King Institute of Preventive Medicine Micro-Biological Section reports 1912-19
Year: 1912
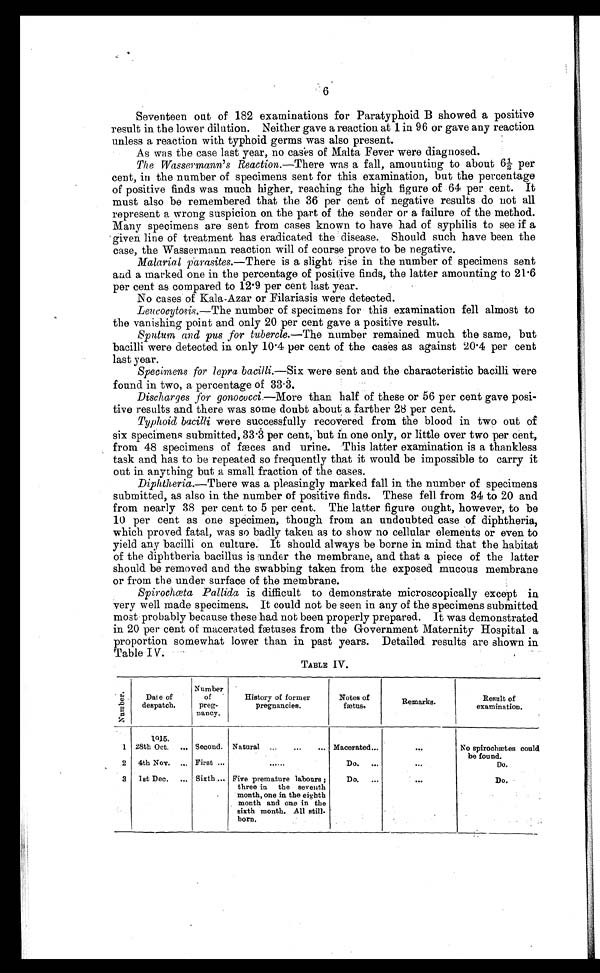
6
Seventeen out of 182 examinations for Paratyphoid B showed a positive
result in the lower dilution. Neither gave a reaction at 1 in 96 or gave any reaction
unless a reaction with typhoid germs was also present.
As was the case last year, no cases of Malta Fever were diagnosed.
The Wassermann's Reaction.— There was a fall, amounting to about 6½ per
cent, in the number of specimens sent for this examination, but the percentage
of positive finds was much higher, reaching the high figure of 64 per cent. It
must also be remembered that the 36 per cent of negative results do not all
represent a wrong suspicion on the part of the sender or a failure of the method.
Many specimens are sent from cases known to have had of syphilis to see if a
given line of treatment has eradicated the disease. Should such have been the
case, the Wassermann reaction will of course prove to be negative.
Malarial p rasites.—There is a slight rise in the number of specimens sent
and a marked one in the percentage of positive finds, the latter amounting to 21.6
per cent as compared to 12.9 per cent last year.
No cases of Kala-Azar or Filariasis were detected.
Leucocytosis.— The number of specimens for this examination fell almost to
the vanishing point and only 20 per cent gave a positive result.
Sputum and pus for tubercle.— The number remained much the same, but
bacilli were detected in only 10.4 per cent of the cases as against 20.4 per cent
last year.
Specimens for lepra bacilli.— Six were sent and the characteristic bacilli were
found in two, a percentage of 33.3.
Discharges for gonococci.— More than half of these or 56 per cent gave posi
-tive results and there was some doubt about a farther 28 per cent.
Typhoid bacilli were successfully recovered from the blood in two out of
six specimens submitted, 33.3 per cent, but in one only, or little over two per cent,
from 48 specimens of fæces and urine. This latter examination is a thankless
task and has to be repeated so frequently that it would be impossible to carry it
out in anything but a small fraction of the cases.
Diphtheria.—There was a pleasingly marked fall in the number of specimens
submitted, as also in the number of positive finds. These fell from 34 to 20 and
from nearly 38 per cent to 5 per cent. The latter figure ought, however, to be
10 per cent as one specimen, though from an undoubted case of diphtheria,
which proved fatal, was so badly taken as to show no cellular elements or even to
yield any bacilli on culture. It should always be borne in mind that the habitat
of the diphtheria bacillus is under the membrane, and that a piece of the latter
should be removed and the swabbing taken from the exposed mucous membrane
or from the under surface of the membrane.
Spirochœta Pallida is difficult to demonstrate microscopically except in
very well made specimens. It could not be seen in any of the specimens submitted
most probably because these had not been properly prepared. It was demonstrated
in 20 per cent of macerated fætuses from the Government Maternity Hospital a
proportion somewhat lower than in past years. Detailed results are shown in
Table IV.
TABLE IV.
N u m b e r .
Date of
despatch.
Number
of
preg-
nancy.
History of former
pregnancies.
Notes of
fætus.
Remarks.
Result of
examination.
1
1915.
Second. Natural . . . Macerated . . .
. . .
No spirochætes could
be found.
28th Oct. . . .
2
4th Nov. . . . First . . .
. . .
Do. . . .
. . .
Do.
3
1st Dec. . . . Sixth . . . Five premature labours;
three in the seventh
month, one in the eighth
month and one in the
sixth month. All still-
born.
Do. . . .
. . .
Do.